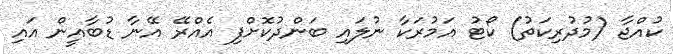
ކުއްޖާ (މުދުރިކަތު) ކޯޓު އަމުރަކާ ނުލައި ބަންދުކޮށްފި އެއްރޭ އޭނާ ޑުބާއީން އައި